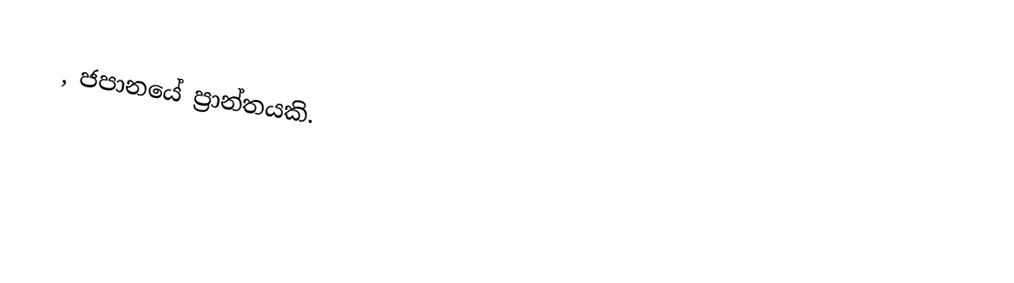
, ජපානයේ ප්‍රාන්තයකි.